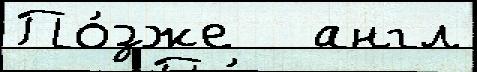
По́зже   англ